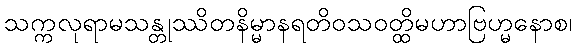
သက္ကလုရာမသန္တုဿိတနိမ္မာနရတိဝသဝတ္ထိမဟာဗြဟ္မနောစ၊